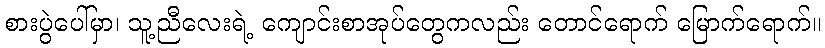
စားပွဲပေါ်မှာ၊ သူ့ညီလေးရဲ့ ကျောင်းစာအုပ်တွေကလည်း တောင်ရောက် မြောက်ရောက်။